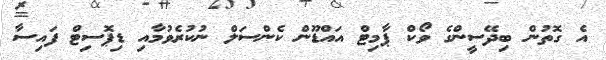
އެ ގޮތުން ބިދޭސީންގެ ވޯކް ޕާމިޓް އައްޑޫން ކެންސަލް ނުކުރެވުމާއި ޑިޕޮސިޓް ފައިސާ